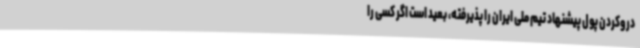
دروکردن پول پیشنهاد تیم ملی ایران را پذیرفته، بعید است اگر کسی را